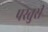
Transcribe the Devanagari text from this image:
पस्तुरी